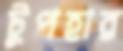
টুপহার